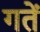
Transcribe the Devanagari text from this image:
गतें